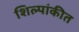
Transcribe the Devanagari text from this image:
शिल्पांकीत